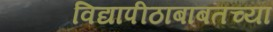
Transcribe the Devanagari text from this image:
विद्यापीठाबाबतच्या